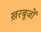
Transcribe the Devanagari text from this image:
ख़रबूजों